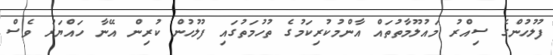
ފުލުހުންގެ ސިއްރު މައުލޫމާތުތައް އާންމުކުރިކަމުގެ ތުހުމަތުގައި ފުލުހުން ކުރިން އޭނާ ހައްޔަރު ވެސް